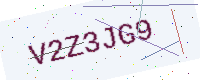
Text: V2Z3JG9